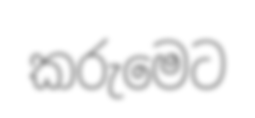
කරුමෙට